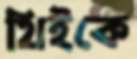
থিইকে